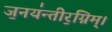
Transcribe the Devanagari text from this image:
ज॒नय॑न्तीर॒ग्निम्।